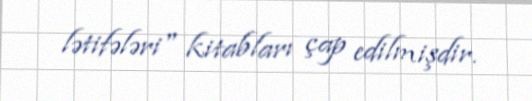
lətifələri" kitabları çap edilmişdir.